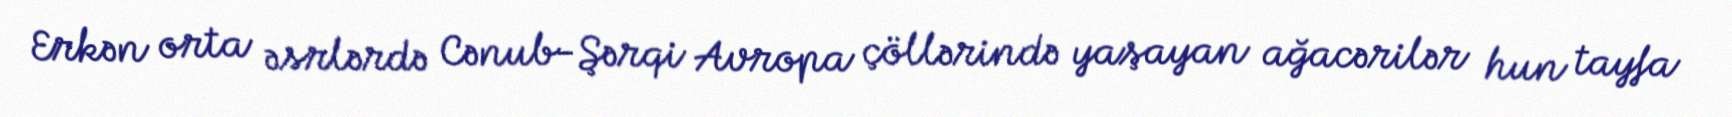
Erkən orta əsrlərdə Cənub-Şərqi Avropa çöllərində yaşayan ağacərilər hun tayfa